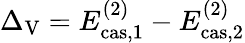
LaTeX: \Delta_{\mathrm{V}}=E_{\mathrm{cas,}1}^{(2)}-E_{\mathrm{cas,}2}^{(2)}